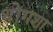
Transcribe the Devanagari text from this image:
थोंगशा